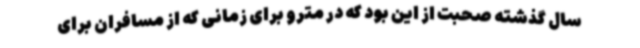
سال گذشته صحبت از این بود که در مترو برای زمانی که از مسافران برای